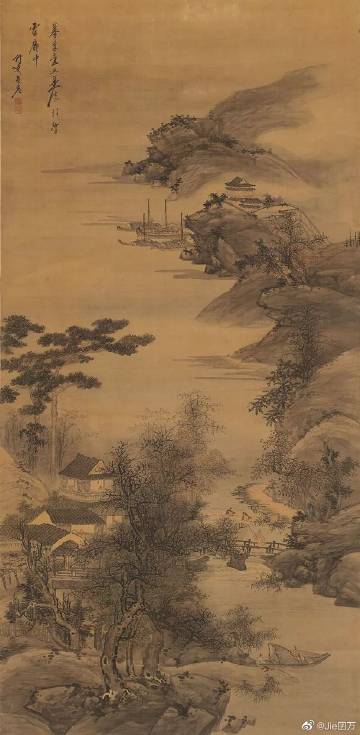
乡梦不曾休，惹甚闲愁？忠州过了又涪州。